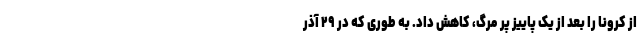
از کرونا را بعد از یک پاییز پُر مرگ، کاهش داد. به طوری که در ۲۹ آذر